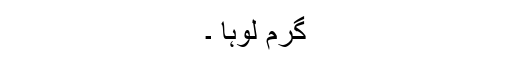
گرم لوہا ۔